Lunatic asylums Punjab 1881-1894 - 1881-1894
Year: 1881
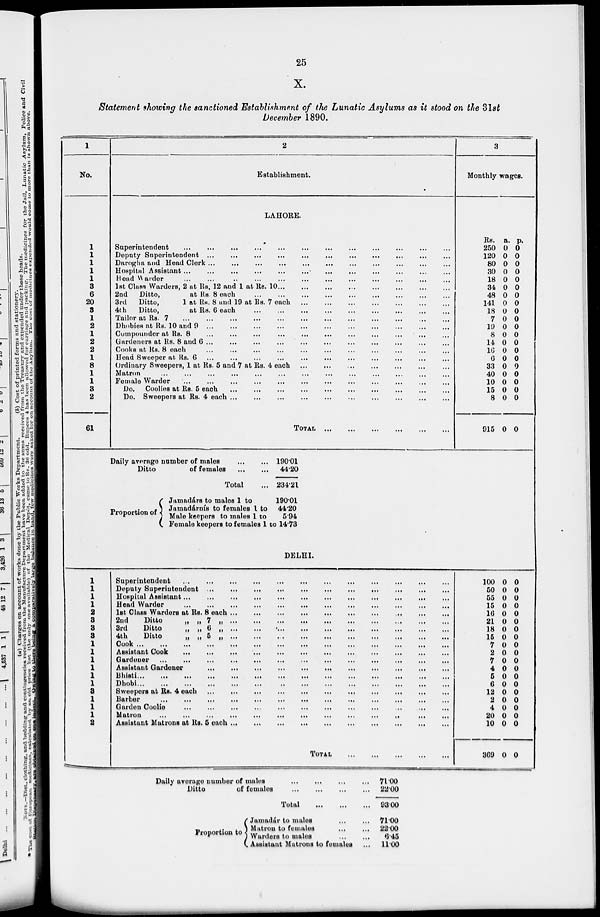
25
X.
Statement showing the sanctioned Establishment of the Lunatic Asylums as it stood on the 31st
December 1890.
1
No.
1
1
1
1
1
3
6
20
3
1
2
1
2
2
1
8
1
1
3
2
61
2
Establishment.
LAHORE.
Superintendent ... ... ... ... ... ... ... ... ... ... ... ...
Deputy Superintendent ... ... ... ... ... ... ... ... ... ... ... ... ...
.
Darogha and Head Clerk ... ... ... ... ... ... ... ... ... ... ... ...
Hospital Assistant ... ... ... ... ... ... ... ... ... ... ... ... ... ...
Head Warder ... ... ... ... ... ... ... ... ... ... ... ... ... ...
1st Class Warders, 2 at Rs. 12 and 1 at Rs. 10 ... ... ... ... ... ... ... ... ... ... ... ...
2nd
Ditto,
at Rs. 8 each ... ... ... ... ... ... ... ... ... ... ... ...
3rd
Ditto,
1 at Rs. 8 and 19 at Rs. 7 each ... ... ... ... ... ... ... ... ... ... ... ...
4th
Ditto,
at Rs. 6 each ... ... ... ... ... ... ... ... ... ... ... ...
Tailor at Rs. 7 ... ... ... ... ... ... ... ... ... ... ... ... ... ...
Dhobies at Rs. 10 and 9 ... ... ... ... ... ... ... ... ... ... ... ... ... ...
Compounder at Rs. 8 ... ... ... ... ... ... ... ... ... ... ... ... ... ...
Gardeners at Rs. 8 and 6 ... ... ... ... ... ... ... ... ... ... ... ... ... ...
Cooks at Rs. 8 each ... ... ... ... ... ... ... ... ... ... ... ... ... ...
Head Sweeper at Rs. 6 ... ... ... ... ... ... ... ... ... ... ... ...
Ordinary Sweepers, 1 at Rs. 5 and 7 at Rs. 4 each ... ... ... ... ... ... ... ... ... ... ... ...
Matron ... ... ... ... ... ... ... ... ... ... ... ...
Female Warder ... ... ... ... ... ... ... ... ... ... ... ... ... ...
Do. Coolies at Rs. 5 each ... ... ... ... ... ... ... ... ... ... ... ... ... ...
Do. Sweepers at Rs. 4 each ... ... ... ... ... ... ... ... ... ... ... ...
TOTAL
...
...
...
...
...
...
3
Monthly wages.
Rs.
250
120
80
30
18
34
48
141
18
7
19
8
14
10
6
33
40
10
15
8
915
a.
0
0
0
0
0
0
0
0
0
0
0
0
0
0
0
0
0
0
0
0
0
p.
0
0
0
0
0
0
0
0
0
0
0
0
0
0
0
0
0
0
0
0
0
Daily average number of males ... ...
Ditto
of females
...
...
Total ...
Proportion of
Jamadárs to males 1 to
Jamadárnís to females 1 to
Male keepers to males 1 to
Female keepers to females 1
190.01
44.20
234.21
190.01
44.20
5.94
to 14.73
1
1
1
1
2
3
3
3
1
1
1
1
1
1
3
1
1
1
2
DELHI.
Superintendent ... ... ... ... ... ... ... ... ... ... ... ...
Deputy Superintendent ... ... ... ... ... ... ... ... ... ... ... ...
Hospital Assistant ... ... ... ... ... ... ... ... ... ... ... ...
Head Warder ... ... ... ... ... ... ... ... ... ... ... ...
1st Glass Warders at Rs. 8 each ... ... ... ... ... ... ... ... ... ... ... ... ... ...
2nd
Ditto
„ „ 7 „ ... ... ... ... ... ... ... ... ... ... ... ... ... ...
3rd
Ditto
„ „ 6 „ ... ... ... ... ... ... ... ... ... ... ... ...
4th
Ditto
„ „ 5 „ ... ... ... ... ... ... ... ... ... ... ... ... ... ...
Cook ... ... ... ... ... ... ... ... ... ... ... ...
Assistant Cook ... ... ... ... ... ... ... ... ... ... ... ...
Gardener ...
...
...
...
...
...
...
...
...
...
...
...
...
Assistant Gardener
...
...
...
...
...
...
...
...
...
...
...
...
...
...
Bhisti
...
...
...
...
...
...
...
...
...
...
...
...
...
...
Dhobi
...
...
...
...
...
...
...
...
...
...
...
...
...
...
Sweepers at Rs. 4 each
...
...
...
...
...
...
...
...
...
...
...
...
...
...
Barber
...
...
...
...
...
...
...
Gardeu Coolie
...
...
...
...
...
...
...
...
...
...
...
...
...
...
Matron ... ... ... ... ... ... ... ... ... ... ... ...
Assistant Matrons at Rs. 5 each ... ... ... ... ... ... ... ... ... ... ... ... ... ...
TOTAL
...
...
...
...
...
100
50
55
15
16
21
18
15
7 2
7 4
5
6
12
2
4
20
10
3G9
0
0
0
0
0
0
0
0
0
0
0
0
0
0
0
0
0
0
0
0
0
0
0
0
0
0
0
0
0
0
0
0
0
0
0
0
0
0
0
0
Daily average number of males
...
...
...
...
Ditto
of females
...
...
...
...
Total
...
...
...
Proportion to
Jamadár to males
...
...
Matron to females
...
...
Warders to males
...
...
C Assistant Matrons to females ...
71.00
22.00
93.00
71.00
22.00
6.45
11.00